Vital statistics of India. Vol. V, Reports of 1876 on armies & jails and on epidemic cholera
Year: 1876
Disease focus: Cholera
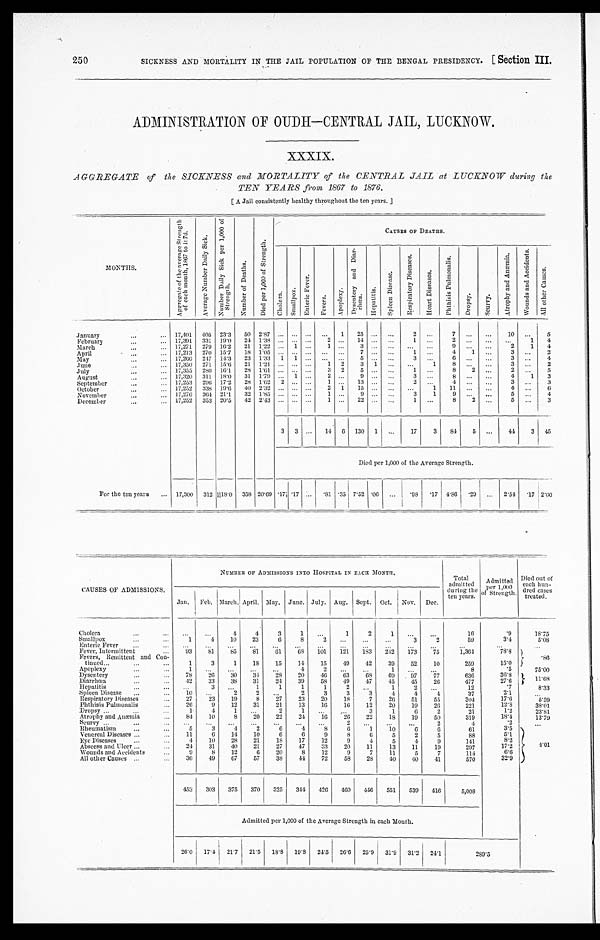
250
SICKNESS AND MORTALITY IN THE JAIL POPULATION OF THE BENGAL PRESIDENCY. [ section III.
ADMINISTRATION OF OUDH—CENTRAL JAIL , LUCKNOW.
XXXIX.
AGGREGATE of the SICKNESS and MORTALITY of the CENTRAL JAIL at LUCKNOW during the
TEN YEARS from 1867 to 1876.
[ A Jail consistently healthy throughout the ten years. ]
MONTHS.
A g g r e g a t e o f t h e a v e r a g e S t r e n g t h o f e a c h m o n t h , 1 8 6 7 t o 1 8 7 6 .
A v e r a g e N u m b e r D a i l y S i c k .
N u m b e r D a i l y S i c k p e r 1 , 0 0 0 o f S t r e n g t h .
N u m b e r o f D e a t h s .
D i e d p e r 1 , 0 0 0 o f S t r e n g t h .
CAUSES OF DEATHS.
Ch o l e r a .
S m a l l p o x .
E n t e r i c F e v e r .
Fever s.
Ap o p l e x y .
D y s e n t e r y a n d D i a r r h œ a .
He pa t i t i s .
S p l e e n D i s e a s e .
R e s p i r a t o r y D i s e a s e s .
H e a r t D i s e a s e s .
P h t h i s i s P u l m o n a l i s .
Dr o p s y .
Scurvy.
A t r o p h y a n d A n æ m i a .
W o u n d s a n d A c c i d e n t s .
Al l ot her Causes.
January
17,401 405 23.3
50 2.87 ... ... ... ...
1
25 ... ...
2 ...
7
...
. . .
10
. . .
5
February
17,391 331 10.0
24 1.38 ...
. . . . . .
2
. . .
1 4
. . .
. . .
1 ...
2 ...
. . .
. . . 1
4
March
17,271 279 16.2
21 1.22 ... 1
. . .
1
. . .
3 . . .
. . .
. . . ...
9 ...
. . .
2
1
4
April
17,213 270 15.7
18 1.05 ...
. . . ... ... ...
7
. . .
. . .
1 ...
4
1 ...
3 ...
2
May
17,266 247 14.3
23 1.33 1 1
. . . . . .
. . .
5
. . .
. . .
3 ...
6 ...
. . .
3 ...
4
June
17,350 271 15.6 21 1.21 ... ... ...
1 2
3
1
. . . ...
1
8 ...
. . .
3 ...
2
July
17,355 280 16.1
28 1.61 ... ... ...
3 2
5
. . .
. . . .
1 ...
8
2
. . .
2 ...
5
August
17,320 311 18.0
31 1.79 ... 1 ...
2
. . . 9
. . .
. . .
3 ...
8 ...
. . .
4
1
3
September
17,253 296 17.2
28 1.62 2
. . . ...
1
. . . 13 ... ...
2 ...
4 ...
. . .
3 ...
3
October
17,252 338 19.6 40 2.32 ... ... ...
2 1
15
. . .
. . .
. . . 1
11
. . .
. . .
4 ...
6
November
17,276
3 6 4 21.1
32 1.85 ...
. . . ...
1 ...
9
. . .
. . .
3
1
9 ...
...
5 ...
4
December ...
17,252
3 5 3 20.5
42 2.43 ... ...
. . .
1
. . .
2 2 . . .
. . .
1 ...
8
2
. . .
5 ...
3
3 3 ...
14
6 130 1 ...
17
3
84
5 ...
44
3 45
Died per 1,000 of the Average Strength.
For the ten years
17,300 312 118.0 358 20.69 .17
. 1 7 ...
. 8 1
. 3 5
7 . 5 2
. 0 6 ...
. 9 8
.17
4 . 8 6
. 29 ... 2.54
. 17 2 . 6 0
CAUSES OF ADMISSIONS.
NUMBER OF ADMISSIONS INTO HOSPITAL IN EACH MONTH.
Total
admitted
during the
ten years.
Admitte
d per 1,000
of Strength.
Died out of
each hun-dred
cases
treated.
Jan. Feb. March. April. May. June. July. Aug. Sept. Oct. Nov. Dec.
Cholera
...
. . .
4
4
3
1
. . .
1
2
1
...
. . .
16
. 9
18.75
Smallpox
1
4
10
23
6
8
2
. . . . . .
...
3
2
59
3 . 4
5 . 0 8
Enteric Fever
...
...
...
... ... ... ... ... ... ...
...
...
...
...
...
Fever, Intermittent
9 3
81
85
81
61
68
101
121
183
242 173
75
1,364
7 8 . 8
. 8 6
Fevers, Remittent and Con-tinued.
1
3
1
18
15
14
]5
49
42
39
52
10
259
15.0
Apoplexy
1
... ... ... ...
4
2
...
...
1
...
...
8
. 5
7 5 . 0 0
Dysentery
7 8 26
30
34
28
20
46
63
6 8
69
97
77
636
36.8
1 1 . 6 8
Diarrhœa
42
33
38
31
24
39
58
49
47
45
4 5
26
477
27.6
Hepatitis
. . .
. . .
. . .
1
1
1
1
2
. . .
1
2
. . .
12
. ' 7
8.33
Spleen Disease
10
. . .
2
2
. . .
2
3
3
3
4
4
4.
37
2 . 1
. . .
Respiratory Diseases
27
23
19
8
27
23
20
18
7
26
51
55
304
17.6
5. 59
Phthisis Pulmonalis
26
9
12
31
21
13
16
16
12
20
19
26
221
12.8
38.01
Dropsy
1
4
1
. . .
2
1
. . .
. . .
3
1
6
2
21
1 . 2
2 3 . 8 1
Atrophy and Anæmia
84
10
8
20
22
24
16
26
22
18
19
50
319
1 8 . 4
1 3 . 7 9
Scurvy
...
...
...
...
...
...
...
2 ...
...
...
2
4
.2
...
Rheumatism
5
3
4
2
6
4
8
6
1
10
6
6
61
3.5
4 . 0 1
Venereal Diseases
11
6
14
10
6
6
9
8
6
5
2
5
88
5.1
Ey e Di s e a s e s
4
10
28
21
1 8
17
12
9
4
5
4
9
141
8.2
Abscess and Ulcer
24
31
40
21
27
47
33
20
11
13
11
19
297
1 7 . 2
Wounds and Accidents
9
8
12
6
20
8
12
9
7
11
5
7
11. 4
6.6
All other Causes
36
49
67
57
38
4 4 72
58
28
40
40
4 1
570
3 2 . 9
453
303 3 7 5
370
325
344 426
460
446
551
539
416
5,008
Admitted per 1,000 of the Average Strength in each Month.
2 6 . 0
1 7 . 4
2 1 . 7
2 1 . 5
18.8
1 9 . 8
2 4 . 5
2 6 . 6 25.9 31.9 31.2 24.1
2 8 9 . 5